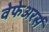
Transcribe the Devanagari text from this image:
वेफेअरर्स